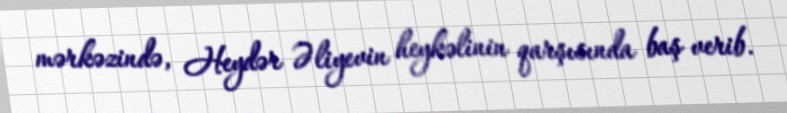
mərkəzində, Heydər Əliyevin heykəlinin qarşısında baş verib.